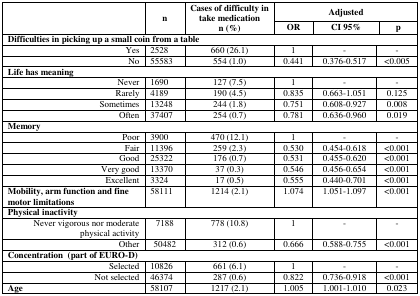
<table><thead><tr><td rowspan="2"></td><td rowspan="2"><b>n</b></td><td rowspan="2"><b>Cases of difficulty in take medicationn (%)</b></td><td colspan="3"><b>Adjusted</b></td></tr><tr><td><b>OR</b></td><td><b>CI 95%</b></td><td><b>p</b></td></tr></thead><tbody><tr><td colspan="6"><b>Difficulties in picking up a small coin from a table</b></td></tr><tr><td>Yes</td><td>2528</td><td>660 (26.1)</td><td>1</td><td>-</td><td>-</td></tr><tr><td>No</td><td>55583</td><td>554 (1.0)</td><td>0.441</td><td>0.376-0.517</td><td>&lt;0.005</td></tr><tr><td colspan="6"><b>Life has meaning</b></td></tr><tr><td>Never</td><td>1690</td><td>127 (7.5)</td><td>1</td><td>-</td><td>-</td></tr><tr><td>Rarely</td><td>4189</td><td>190 (4.5)</td><td>0.835</td><td>0.663-1.051</td><td>0.125</td></tr><tr><td>Sometimes</td><td>13248</td><td>244 (1.8)</td><td>0.751</td><td>0.608-0.927</td><td>0.008</td></tr><tr><td>Often</td><td>37407</td><td>254 (0.7)</td><td>0.781</td><td>0.636-0.960</td><td>0.019</td></tr><tr><td colspan="6"><b>Memory</b></td></tr><tr><td>Poor</td><td>3900</td><td>470 (12.1)</td><td>1</td><td>-</td><td>-</td></tr><tr><td>Fair</td><td>11396</td><td>259 (2.3)</td><td>0.530</td><td>0.454-0.618</td><td>&lt;0.001</td></tr><tr><td>Good</td><td>25322</td><td>176 (0.7)</td><td>0.531</td><td>0.455-0.620</td><td>&lt;0.001</td></tr><tr><td>Very good</td><td>13370</td><td>37 (0.3)</td><td>0.546</td><td>0.456-0.654</td><td>&lt;0.001</td></tr><tr><td>Excellent</td><td>3324</td><td>17 (0.5)</td><td>0.555</td><td>0.440-0.701</td><td>&lt;0.001</td></tr><tr><td><b>Mobility, arm function and fine motor limitations</b></td><td>58111</td><td>1214 (2.1)</td><td>1.074</td><td>1.051-1.097</td><td>&lt;0.001</td></tr><tr><td colspan="6"><b>Physical inactivity</b></td></tr><tr><td>Never vigorous nor moderate physical activity</td><td>7188</td><td>778 (10.8)</td><td>1</td><td>-</td><td>-</td></tr><tr><td>Other</td><td>50482</td><td>312 (0.6)</td><td>0.666</td><td>0.588-0.755</td><td>&lt;0.001</td></tr><tr><td colspan="6"><b>Concentration (part of EURO-D)</b></td></tr><tr><td>Selected</td><td>10826</td><td>661 (6.1)</td><td>1</td><td>-</td><td>-</td></tr><tr><td>Not selected</td><td>46374</td><td>287 (0.6)</td><td>0.822</td><td>0.736-0.918</td><td>&lt;0.001</td></tr><tr><td><b>Age</b></td><td>58107</td><td>1217 (2.1)</td><td>1.005</td><td>1.001-1.010</td><td>0.023</td></tr></tbody></table>